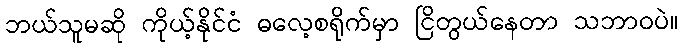
ဘယ်သူမဆို ကိုယ့်နိုင်ငံ ဓလေ့စရိုက်မှာ ငြိတွယ်နေတာ သဘာဝပဲ။